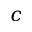
c